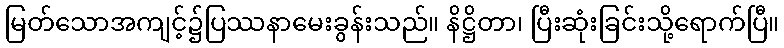
မြတ်သောအကျင့်၌ပြဿနာမေးခွန်းသည်။ နိဋ္ဌိတာ၊ ပြီးဆုံးခြင်းသို့ရောက်ပြီ။